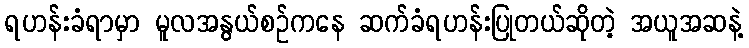
ရဟန်းခံရာမှာ မူလအနွယ်စဉ်ကနေ ဆက်ခံရဟန်းပြုတယ်ဆိုတဲ့ အယူအဆနဲ့